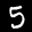
Label: 5